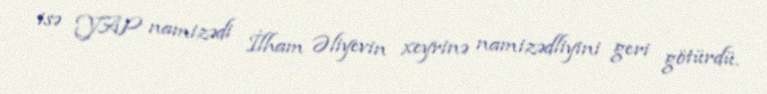
isə YAP namizədi İlham Əliyevin xeyrinə namizədliyini geri götürdü.